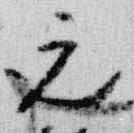
元